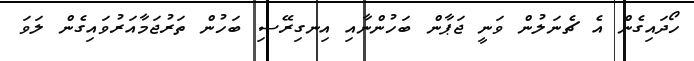
ހޯދައިގެން އެ ޗެނަލުން ވަނީ ޖަޕާން ބަހުންނާއި އިނގިރޭސި ބަހުން ތަރުޖަމާއަރުވައިގެން ލަވަ